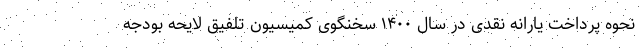
نحوه پرداخت یارانه نقدی در سال ١۴٠٠ سخنگوی کمیسیون تلفیق لایحه بودجه